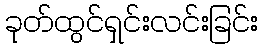
ခုတ်ထွင်ရှင်းလင်းခြင်း